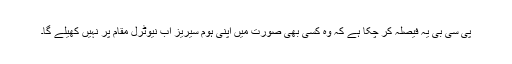
پی سی بی یہ فیصلہ کر چکا ہے کہ وہ کسی بھی صورت میں اپنی ہوم سیریز اب نیوٹرل مقام پر نہیں کھیلے گا۔